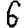
Digit: 6